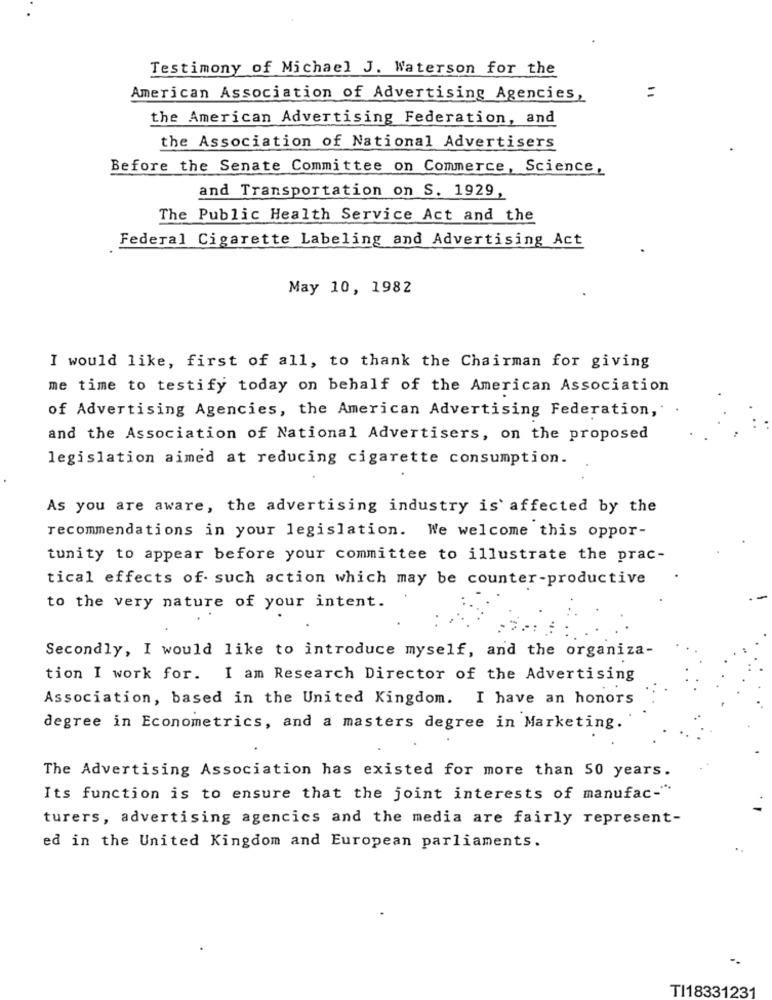
Testimony of Michael J. Waterson for the
=
American Association of Advertising Agencies,
the American Advertising Federation, and
the Association of National Advertisers
Before the Senate Committee on Commerce, Science,
and Transportation on S. 1929,
The Public Health Service Act and the
Federal Cigarette Labeling and Advertising Act
May 10, 1982
I would like, first of all, to thank the Chairman for giving
me time to testify today on behalf of the American Association
of Advertising Agencies, the American Advertising Federation,
and the Association of National Advertisers, on the proposed
legislation aimed at reducing cigarette consumption.
As you are aware, the advertising industry is affected by the
recommendations in your legislation. We welcome this oppor-
tunity to appear before your committee to illustrate the prac-
tical effects of such action which may be counter-productive
to the very nature of your intent.
Secondly, I would like to introduce myself, and the organiza-
tion I work for. I am Research Director of the Advertising
Association, based in the United Kingdom. I have an honors
degree in Econometrics, and a masters degree in Marketing.
The Advertising Association has existed for more than 50 years.
Its function is to ensure that the joint interests of manufac-"
turers, advertising agencies and the media are fairly represent-
ed in the United Kingdom and European parliaments.
TI18331231